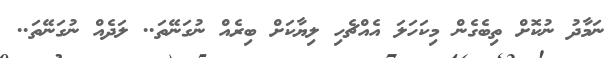
ނަމާދު ނުކޮށް ތިބެގެން މިކަހަލަ އެއްޗެހި ލިޔާކަށް ބިރެއް ނުގަނޭތަ.. ލަދެއް ނުގަނޭތަ..